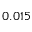
0 . 0 1 5